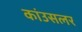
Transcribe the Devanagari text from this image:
कांउसलर